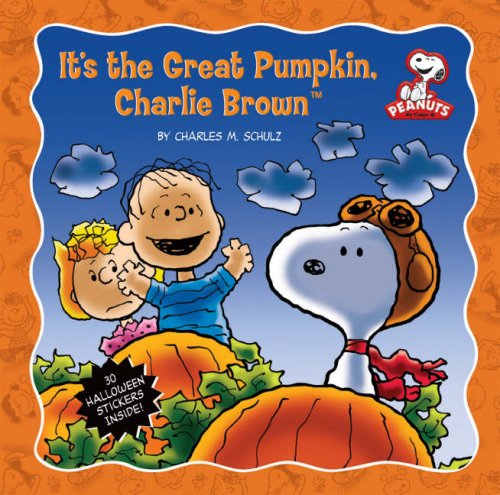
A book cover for It's the Great Pumpkin, Charlie Brown (Peanuts (Running Press)); Charles M. Schulz; Comics & Graphic Novels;